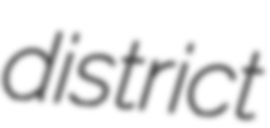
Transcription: district